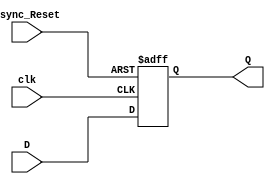
module Falling_Edge_DFF_with_Async_Reset_High(
	input D,
	input Async_Reset,
	input clk,
	output reg Q
);

always @(negedge clk or posedge Async_Reset)
begin

	if(Async_Reset == 1'b1)
	
		Q <= 1'b0;
	
	else
		
		Q <= D;

end

endmodule